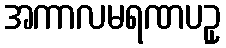
အကာလမရဏပဥှ